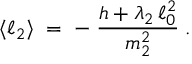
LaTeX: \langle \ell _ { 2 } \rangle \; = \; - \; \frac { h + \lambda _ { 2 } \, \ell _ { 0 } ^ { 2 } } { m _ { 2 } ^ { 2 } } \; .